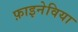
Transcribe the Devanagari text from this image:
फ़ाइनेविया